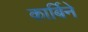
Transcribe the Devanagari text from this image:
कार्बिने